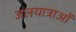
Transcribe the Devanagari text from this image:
जलयात्राओं